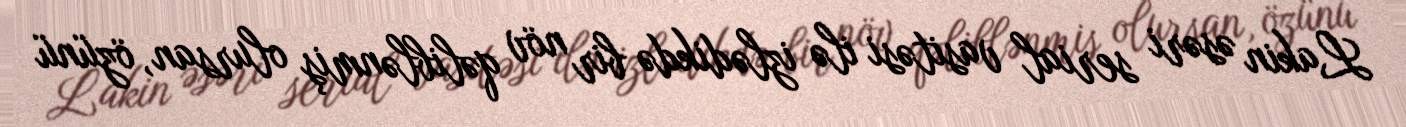
Lakin əsəri serial vasitəsi ilə izlədikdə bir növ qəliblənmiş olursan, özünü